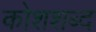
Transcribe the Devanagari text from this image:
कोशशब्द